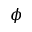
\phi